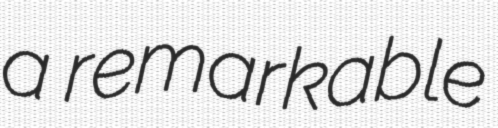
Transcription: a remarkable